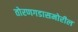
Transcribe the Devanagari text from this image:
तोरणगडासमोरील